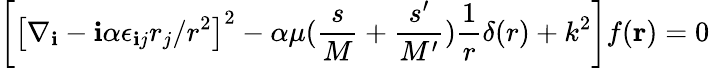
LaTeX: \left[\left[\nabla_{\mathbf{i}}-\mathbf{i}\alpha\epsilon_{\mathbf{i}j}r_{j}/r^{2}\right]^{2}-\alpha\mu({\frac{{s}}{{M}}}+{\frac{{s^{\prime}}}{{M^{\prime}}}}){\frac{{1}}{{r}}}\delta(r)+k^{2}\right]f({\mathbf{r}})=0